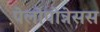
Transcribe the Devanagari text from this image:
पेलोपोन्नेसस